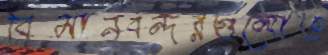
বিমানবন্দরগুলোও